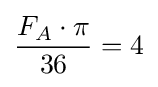
{\frac {F_{A}\cdot \pi }{36}}=4